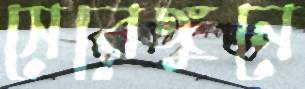
সেরেঙ্গুনে